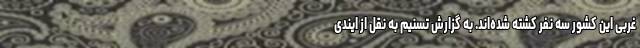
غربی این کشور سه نفر کشته شده‌اند. به گزارش تسنیم به نقل از ایندی